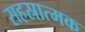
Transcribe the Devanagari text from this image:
सहस्रात्मक